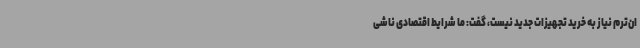
ان‌ترم نیاز به خرید تجهیزات جدید نیست، گفت: ما شرایط اقتصادی ناشی